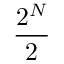
\frac { 2 ^ { N } } { 2 }